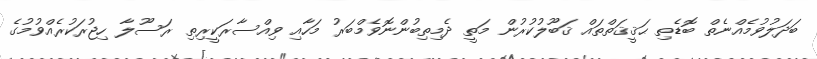
ބަދަލުވުމެއްނެތް ބޮޑެތި ޙަޤީޤަތްތައް ޤަބޫލުކުރުން މަތީ ދެމިތިބުންނޮވެމްބަރު މަހާއި ވިއްސާރަކީރިތި ރަސޫލާ ހިޖުރަކުރެއްވުމުގެ